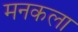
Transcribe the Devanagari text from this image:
मनकला